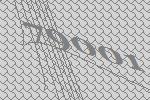
79001